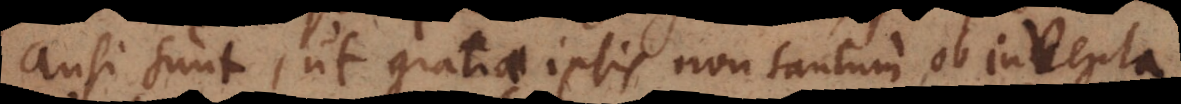
ausi sunt, ut gratia ipsis non tantum ob inventa